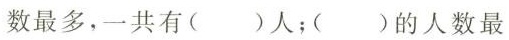
数最多，一共有( )人；( )的人数最